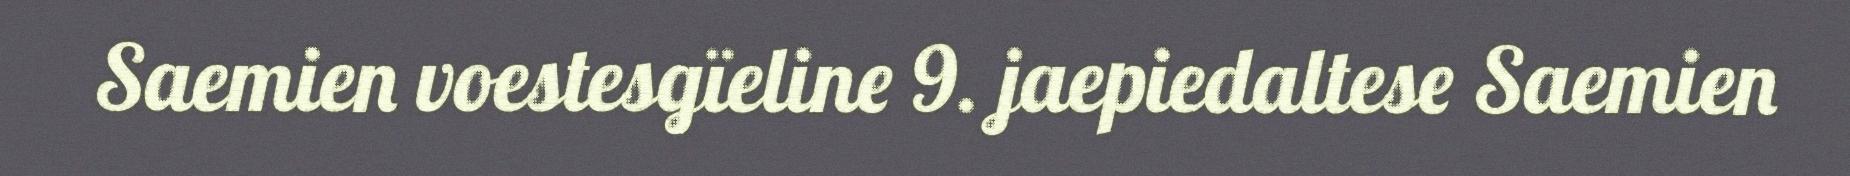
Saemien voestesgïeline 9. jaepiedaltese Saemien